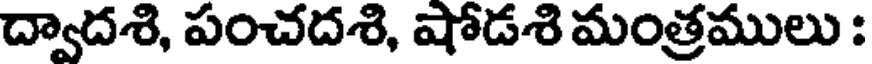
ద్వాదశి, పంచదశి, షోడశి మంత్రములు :